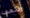
رسمي